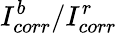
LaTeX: I_{corr}^{b}/I_{corr}^{r}